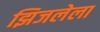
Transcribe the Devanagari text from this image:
झिजलेला